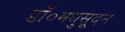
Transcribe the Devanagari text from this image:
डॉ०मधुसूदन